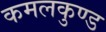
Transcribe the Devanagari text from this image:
कमलकुण्ड